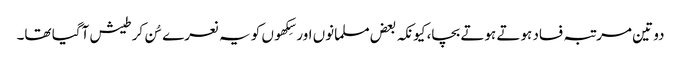
دو تین مرتبہ فساد ہوتے ہوتے بچا، کیونکہ بعض مسلمانوں اور سِکھوں کو یہ نعرے سُن کر طیش آگیا تھا۔